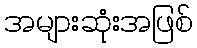
အများဆုံးအဖြစ်